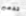
تدمير